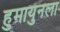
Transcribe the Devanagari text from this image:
हुमायुनला